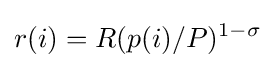
r(i)=R(p(i)/P)^{1-\sigma }